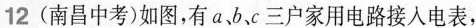
12(南昌中考)如图，有a、b、c三户家用电路接入电表，